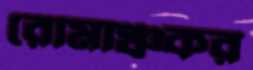
রোমাঞ্চকর